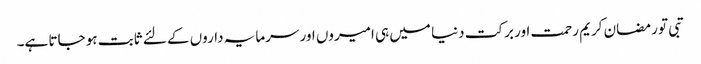
تبی تو رمضان کریم رحمت اور برکت دنیا میں ہی امیروں اور سرمایہ داروں کے لئے ثابت ہو جاتا ہے۔